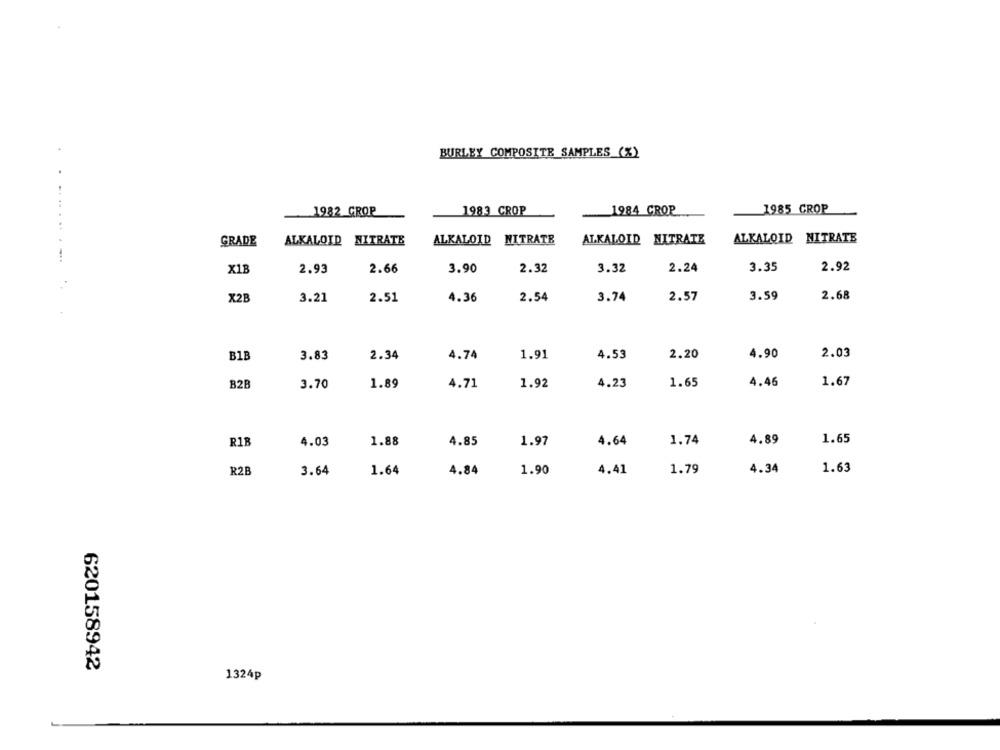
BURLEY COMPOSITE SAMPLES (%)
1983 CROP
1984 CROP
1985 CROP
1982 GROP
......
ALKALOID NITRATE
ALKALOID NITRATE
ALKALOID NITRATE
GRADE
ALKALOID NITRATE
-
X1B
2.93
2.66
3.90
2.32
3.32
2.24
3.35
2.92
X2B
3.21
2.51
4.36
2.54
3.74
2.57
3.59
2.68
B1B
3.83
2.34
4.74
1.91
4.53
2.20
4.90
2.03
4.46
1.67
B2B
3.70
1.89
4.71
1.92
4.23
1.65
R18
4.03
1.88
4.64
1.74
4.89
1.65
4.85
1.97
R2B
3.64
1.64
4.84
1.90
4.41
1.79
4.34
1.63
620158942
1324p